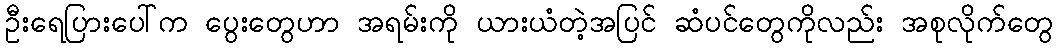
ဦးရေပြားပေါ်က ပွေးတွေဟာ အရမ်းကို ယားယံတဲ့အပြင် ဆံပင်တွေကိုလည်း အစုလိုက်တွေ